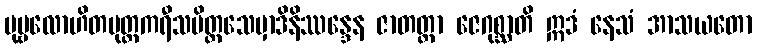
ပုဗ္ဗလောဟိတမုတ္တကရီသပိတ္တသေမှာဒိနိဿန္ဒေန ဇာတတ္တာ ဇေဂုစ္ဆာတိ ဣဒံ နေသံ အာသယတော